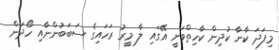
މިފަދަ ކާނާ ކުދިން ކާހިތްވަނީ އޭގައި ލާ މީރު ރަހައިގެ ސަބަބުންނާއި ހޯދަން